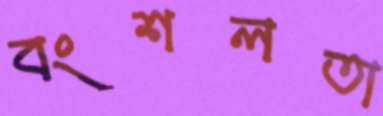
বংশলতা